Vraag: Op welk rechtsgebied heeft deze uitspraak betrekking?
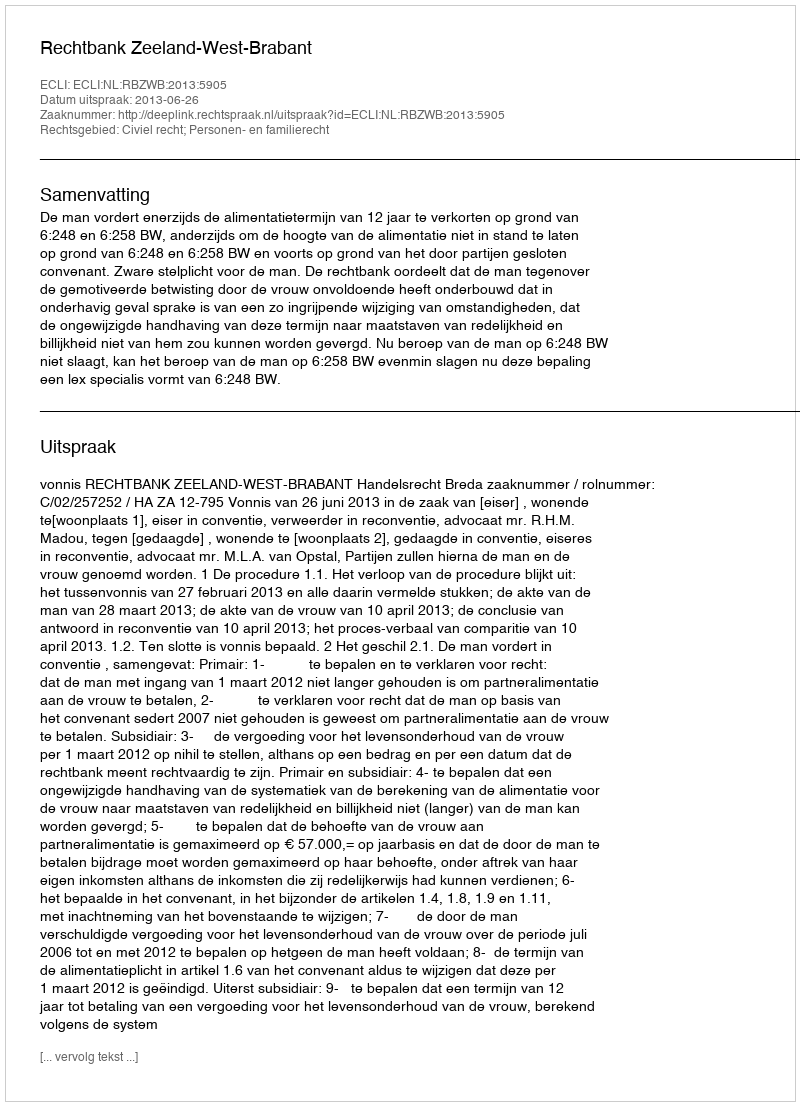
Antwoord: Civiel recht; Personen- en familierecht